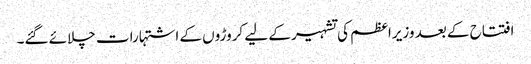
افتتاح کے بعد وزیراعظم کی تشہیر کے لیے کروڑوں کے اشتہارات چلائے گئے۔